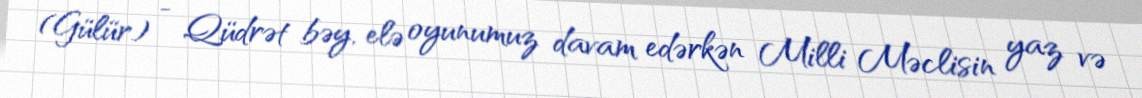
(Gülür) - Qüdrət bəy, elə oyunumuz davam edərkən Milli Məclisin yaz və